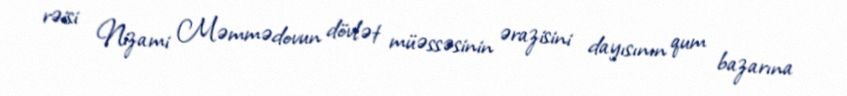
rəisi Nizami Məmmədovun dövlət müəssəsinin ərazisini dayısının qum bazarına